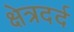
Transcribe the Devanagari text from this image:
क्षेत्रदर्द